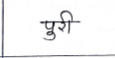
मजकूर: पुरी